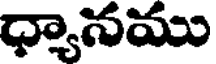
ధ్యానము